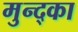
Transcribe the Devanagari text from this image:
मुन्द्का